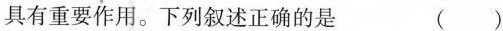
具有重要作用。下列叙述正确的是 ()